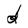
Character: d